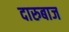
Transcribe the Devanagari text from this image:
दारुबाज